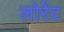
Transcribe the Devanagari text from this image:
लोरेंट